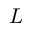
L